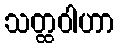
သတ္ထဝါဟာ